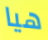
هيا